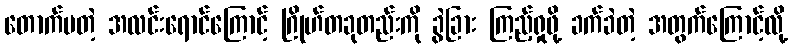
တောက်ပတဲ့ အလင်းရောင်ကြောင့် ဂြိုဟ်တခုတည်းကို ခွဲခြား ကြည့်ရှုဖို့ ခက်ခဲတဲ့ အတွက်ကြောင့်လို့